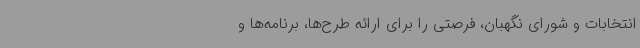
انتخابات و شورای نگهبان، فرصتی را برای ارائه طرح‌ها، برنامه‌ها و